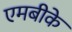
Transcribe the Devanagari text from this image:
एमबीके